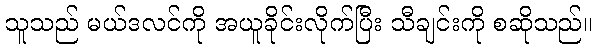
သူသည် မယ်ဒလင်ကို အယူခိုင်းလိုက်ပြီး သီချင်းကို စဆိုသည်။